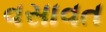
વસાવત